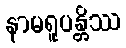
နာမရူပန္တိဿ